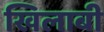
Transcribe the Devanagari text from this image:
खिलाबी